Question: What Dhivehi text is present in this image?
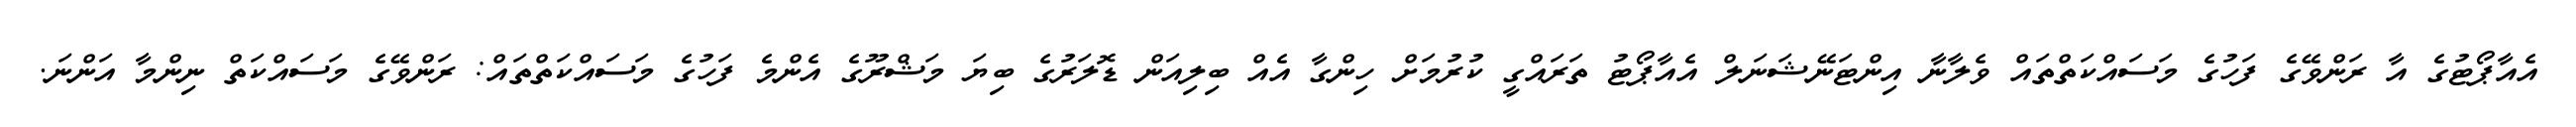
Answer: އެއާޕޯޓުގެ އާ ރަންވޭގެ ފަހުގެ މަސައްކަތްތައް ވެލާނާ އިންޓަނޭޝަނަލް އެއާޕޯޓު ތަރައްގީ ކުރުމަށް ހިންގާ އެއް ބިލިއަން ޑޮލަރުގެ ބިޔަ މަޝްރޫގެ އެންމެ ފަހުގެ މަސައްކަތްތައް: ރަންވޭގެ މަސައްކަތް ނިންމާ އަންނަ.